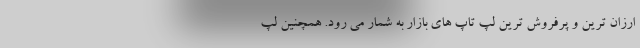
ارزان ترین و پرفروش ترین لپ تاپ های بازار به شمار می رود. همچنین لپ